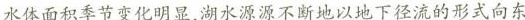
水体面积季节变化明显，湖水源源不断地以地下径流的形式向东